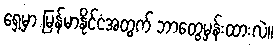
ရှေ့မှာ မြန်မာနိုင်ငံအတွက် ဘာတွေမှန်းထားလဲ။